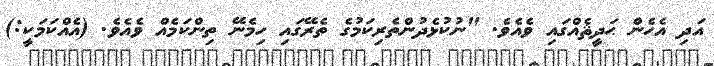
އަދި އެހެން ޙަދީޘެއްގައި ވެއެވެ. "ނުކުޅެދުންތެރިކަމުގެ ތެރޭގައި ހިމެނޭ ތިންކަމެއް ވެއެވެ. (އެއްކަމަކީ:)